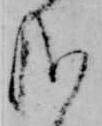
哉